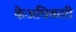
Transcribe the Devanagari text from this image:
केअधिकारी